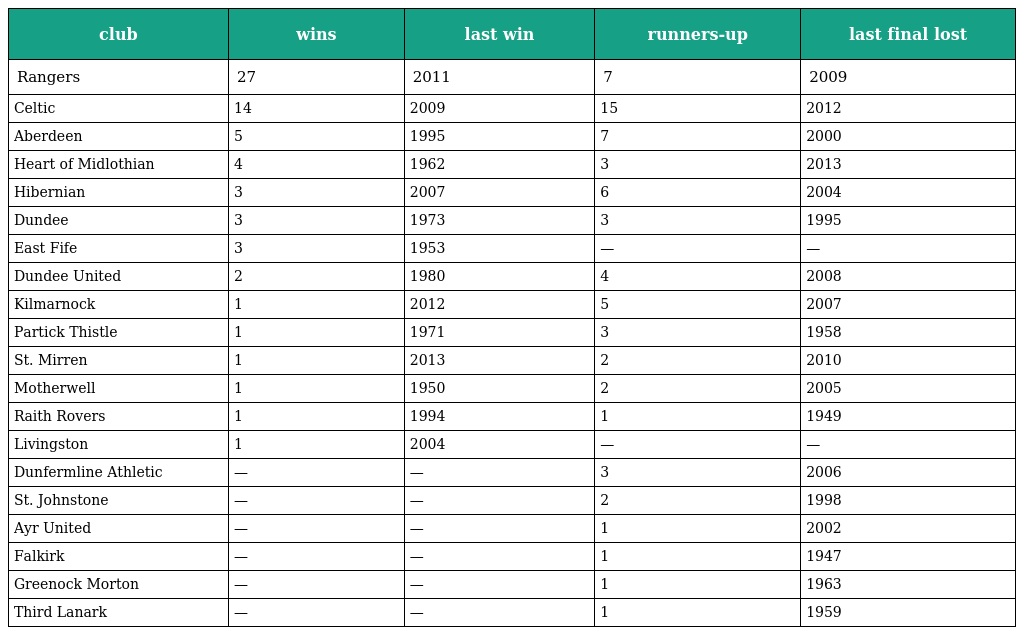
| club | wins | last win | runners-up | last final lost |
 | --- | --- | --- | --- | --- |
 | Rangers | 27 | 2011 | 7 | 2009 |
 | Celtic | 14 | 2009 | 15 | 2012 |
 | Aberdeen | 5 | 1995 | 7 | 2000 |
 | Heart of Midlothian | 4 | 1962 | 3 | 2013 |
 | Hibernian | 3 | 2007 | 6 | 2004 |
 | Dundee | 3 | 1973 | 3 | 1995 |
 | East Fife | 3 | 1953 | — | — |
 | Dundee United | 2 | 1980 | 4 | 2008 |
 | Kilmarnock | 1 | 2012 | 5 | 2007 |
 | Partick Thistle | 1 | 1971 | 3 | 1958 |
 | St. Mirren | 1 | 2013 | 2 | 2010 |
 | Motherwell | 1 | 1950 | 2 | 2005 |
 | Raith Rovers | 1 | 1994 | 1 | 1949 |
 | Livingston | 1 | 2004 | — | — |
 | Dunfermline Athletic | — | — | 3 | 2006 |
 | St. Johnstone | — | — | 2 | 1998 |
 | Ayr United | — | — | 1 | 2002 |
 | Falkirk | — | — | 1 | 1947 |
 | Greenock Morton | — | — | 1 | 1963 |
 | Third Lanark | — | — | 1 | 1959 |